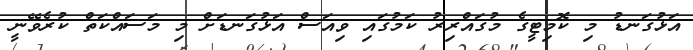
އަޅުގަނޑު މި ކޮމިޓީގެ މުގައްރިރު ކަމުގައި ވިއަސް އަޅުގަނޑަށް މި މަސައްކަތް ކުރެވޭނީ